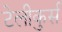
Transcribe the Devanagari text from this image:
टेलीकुर्स